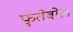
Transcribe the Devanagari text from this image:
फुतेबोल